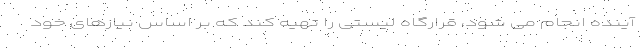
آینده انجام می شود، قرارگاه لیستی را تهیه کند که بر اساس نیازهای خود